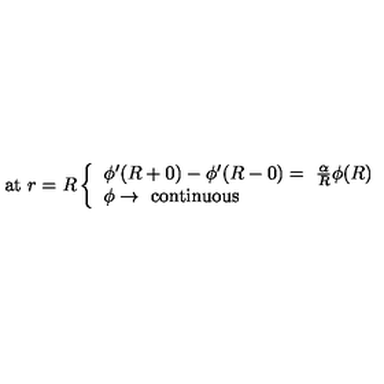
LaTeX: \mathrm { a t } \ r = R \left\{ \begin{array} { l l } { \phi ^ { \prime } ( R + 0 ) - \phi ^ { \prime } ( R - 0 ) = \ \frac { \alpha } { R } \phi ( R ) } \\ { \phi \rightarrow \ \mathrm { c o n t i n u o u s } } \\ \end{array} \right.